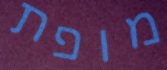
מופת